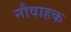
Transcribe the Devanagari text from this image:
नौवाहक